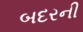
બદરની